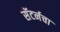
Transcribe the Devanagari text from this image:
सॅटर्नचा